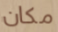
مكان